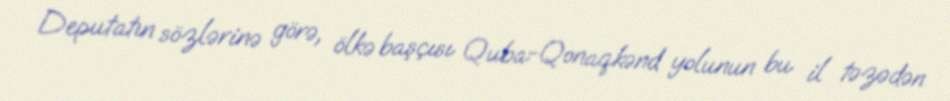
Deputatın sözlərinə görə, ölkə başçısı Quba-Qonaqkənd yolunun bu il təzədən